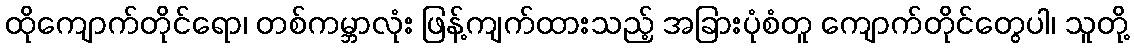
ထိုကျောက်တိုင်ရော၊ တစ်ကမ္ဘာလုံး ဖြန့်ကျက်ထားသည့် အခြားပုံစံတူ ကျောက်တိုင်တွေပါ၊ သူတို့